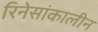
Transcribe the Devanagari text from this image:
रिनेसांकालीन